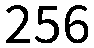
256